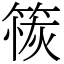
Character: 䈐